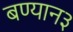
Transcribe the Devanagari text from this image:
बण्यान३